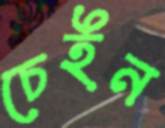
চেইন